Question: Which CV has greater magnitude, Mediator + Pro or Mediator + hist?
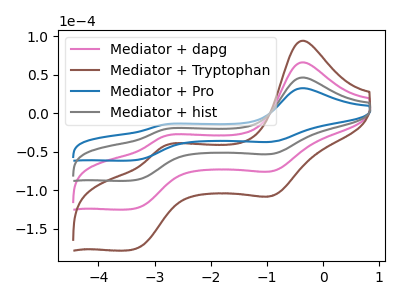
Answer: <think>The pink curve "Mediator + dapg" has anodic peaks at (-0.35V, 92.80uA) (-2.80V, -41.95uA) and cathodic peaks at (-0.90V, -105.00uA) (-3.40V, -174.35uA). The brown curve "Mediator + Tryptophan" has anodic peaks at (-0.35V, 139.20uA) (-2.80V, -62.90uA) and cathodic peaks at (-0.90V, -157.55uA) (-3.40V, -261.50uA). The blue curve "Mediator + Pro" has anodic peaks at (-0.35V, 32.55uA) (-2.80V, -14.70uA) and cathodic peaks at (-0.90V, -36.85uA) (-3.40V, -61.15uA). The gray curve "Mediator + hist" has anodic peaks at (-0.35V, 46.40uA) (-2.80V, -20.95uA) and cathodic peaks at (-0.90V, -52.50uA) (-3.40V, -87.15uA).
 All the peaks in "Mediator + Pro" have a peak in "Mediator + hist" at the same potential.</think>
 <answer>I cant tell if "Mediator + Pro" or "Mediator + hist" has more signal.</answer>
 <eval>mixed_signal</eval>